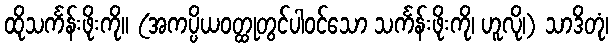
ထိုသင်္ကန်းဖိုးကို။ (အကပ္ပိယဝတ္ထုတွင်ပါဝင်သော သင်္ကန်းဖိုးကို၊ ဟူလို၊) သာဒိတုံ၊